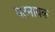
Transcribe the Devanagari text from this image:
घटनायक